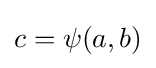
c=\psi (a,b)